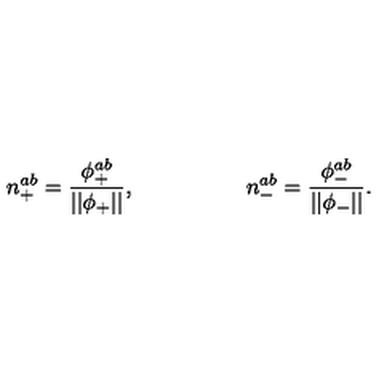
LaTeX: n _ { + } ^ { a b } = \frac { \phi _ { + } ^ { a b } } { | | \phi _ { + } | | } , \quad \quad \quad \quad \quad n _ { - } ^ { a b } = \frac { \phi _ { - } ^ { a b } } { | | \phi _ { - } | | } .